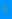
و